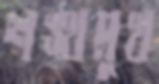
শঙ্খমুখ